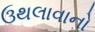
ઉથલાવાનો